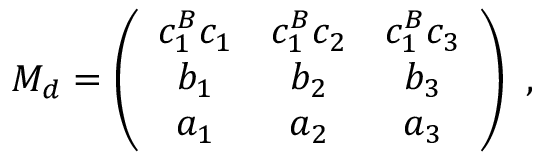
M _ { d } = \left( \begin{array} { c c c } { { c _ { 1 } ^ { B } c _ { 1 } } } & { { c _ { 1 } ^ { B } c _ { 2 } } } & { { c _ { 1 } ^ { B } c _ { 3 } } } \\ { { b _ { 1 } } } & { { b _ { 2 } } } & { { b _ { 3 } } } \\ { { a _ { 1 } } } & { { a _ { 2 } } } & { { a _ { 3 } } } \end{array} \right) \ ,